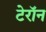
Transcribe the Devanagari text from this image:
टेरॉन